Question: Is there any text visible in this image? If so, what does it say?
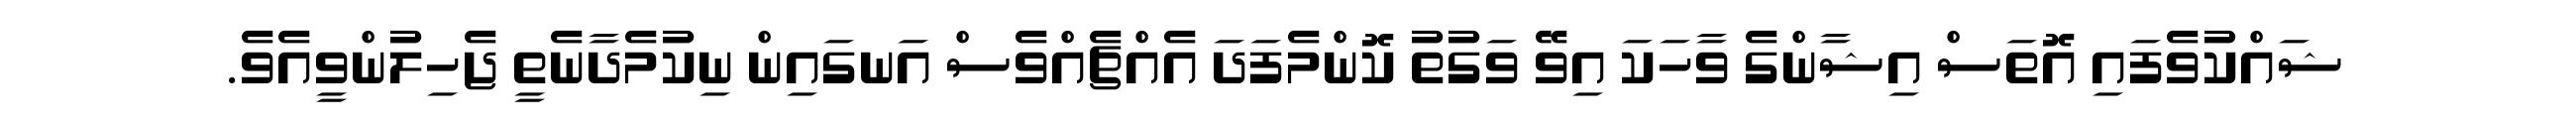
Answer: ޝައްކުވެފައި އޮތަސް އިޝާންގެ ވާހަކަ އިވޭ ވަގުތު ކޮންމެފަދަ އެއްޗެއްވެސް އަނގައިން ނިކުމެދާނެތީ ޖެހިލުންވީއެވެ.